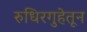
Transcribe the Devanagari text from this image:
रुधिरगुहेतून